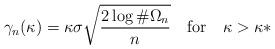
LaTeX: \begin{align*}\gamma_n(\kappa)=\kappa\sigma\sqrt{\frac{2\log \#\Omega_n}{n}} \ \ \textup{ for } \ \ \kappa>\kappa*\end{align*}